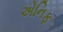
એનિફ